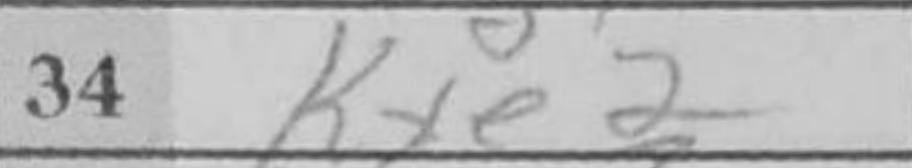
Transcription: Kxe2